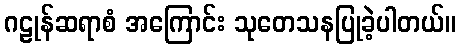
ဂဠုန်ဆရာစံ အကြောင်း သုတေသနပြုခဲ့ပါတယ်။